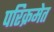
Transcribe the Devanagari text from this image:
परिक्रमेत